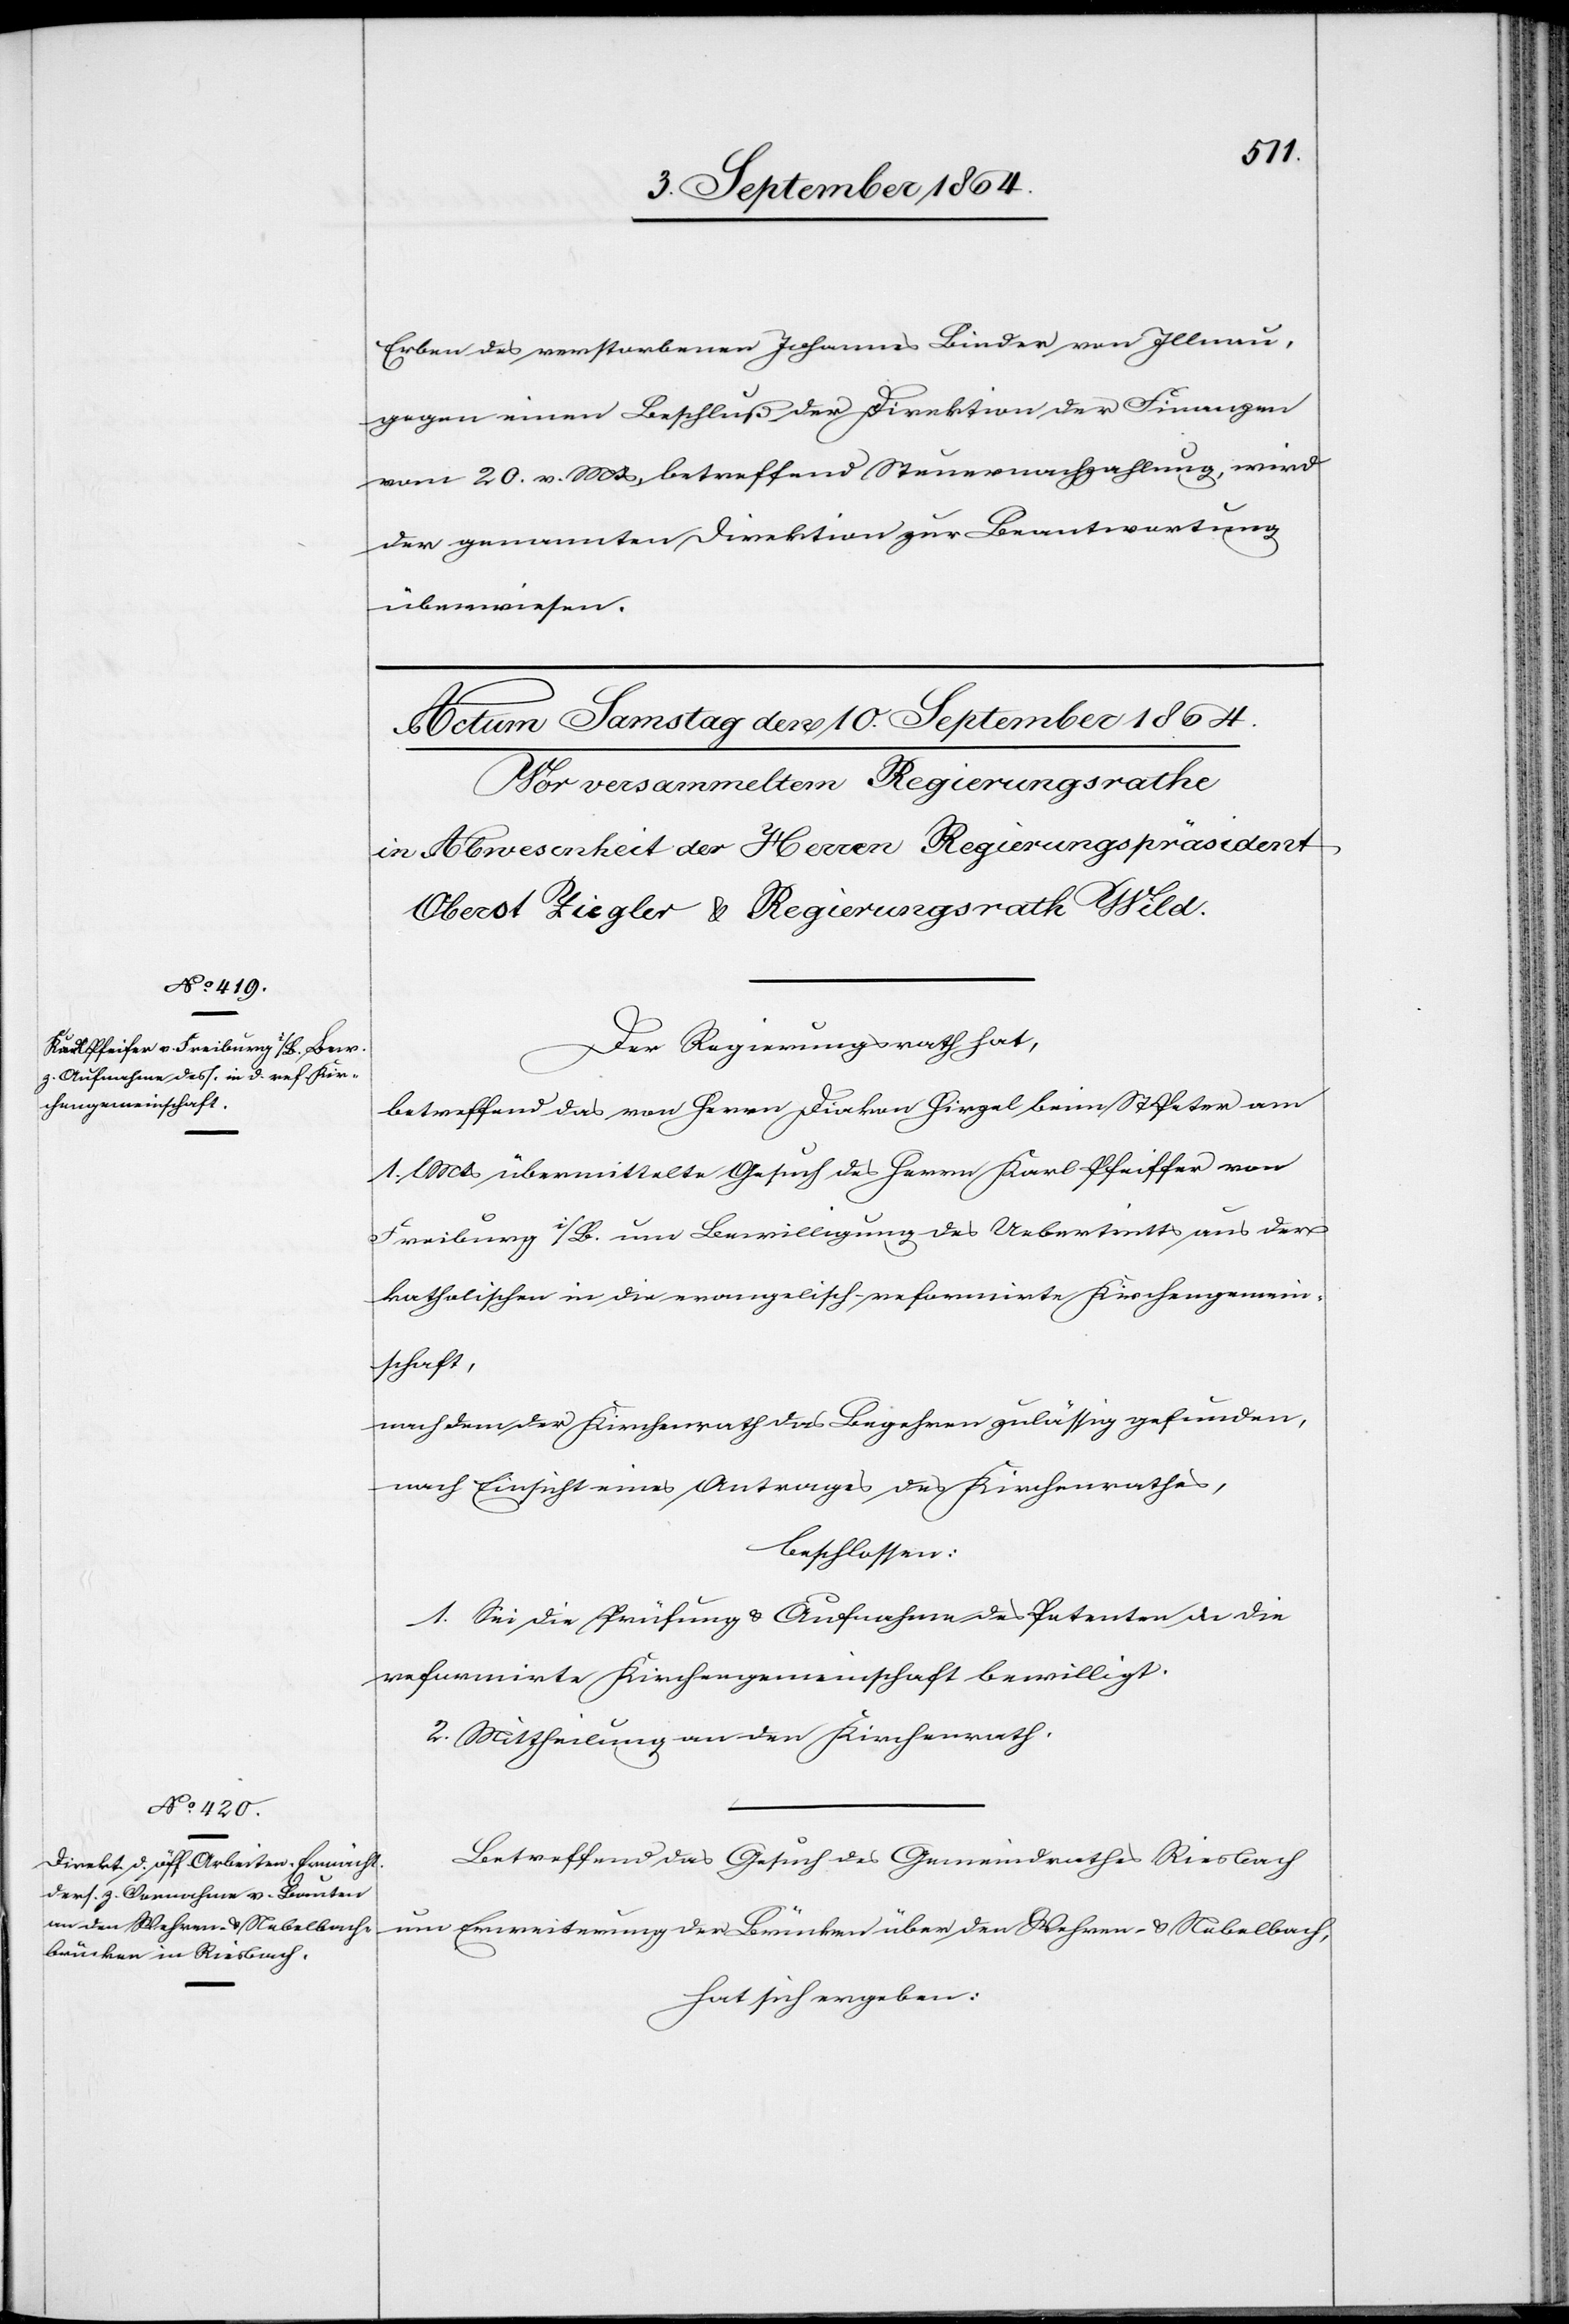
Erben des verstorbenen Johannes Binder von Illnau,
gegen einen Beschluß der Direktion der Finanzen
vom 20. v. Mts, betreffend Steuernachzahlung, wird
der genannten Direktion zur Beantwortung
überwiesen.
Der Regierungsrath hat,
betreffend das von Herrn Diakon Hirzel beim St. Peter am
l. Mts übermittelte Gesuch des Herrn Karl Pfeiffer [sic!]
Freiburg i/B. um Bewilligung des Uebertritts aus der
katholischen in die evangelisch-reformierte Kirchengemein¬
schaft,
nach dem der Kirchenrath das Begehren zulässig gefunden,
nach Einsicht eines Antrages des Kirchenrathes,
beschlossen:
1. Sei die Prüfung & Aufnahme des Petenten in die
reformirte Kirchengemeinschaft bewilligt.
2. Mittheilung an den Kirchenrath.
Betreffend das Gesuch des Gemeindrathes Riesbach
um Erweiterung der Brücken über den Wehren- & Nebelbach,
hat sich ergeben: